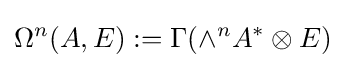
\Omega ^{n}(A,E):=\Gamma (\wedge ^{n}A^{*}\otimes E)